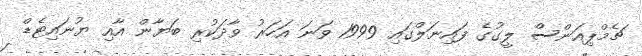
ޗެމްޕިއަންސް ލީގުގެ ފައިނަލްގައި 1999 ވަނަ އަހަރު ވާދަކުރި ބަޔާން އާއި ޔުނައިޓެޑް